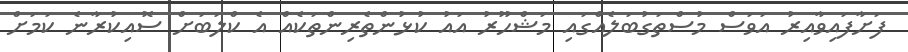
ފަށާފައިވާއިރު އަވަސް މުސްތަގުބަލެއްގައި މަޝްހޫރު އައު ކުޅުންތެރިންތަކެއް އެ ކްލަބަށް ސޮއިކުރާނެ ކަމަށް